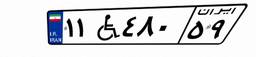
۲۸W۳۶۹۲۵